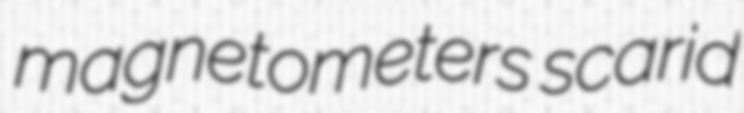
magnetometers scarid